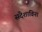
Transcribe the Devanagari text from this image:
संदेशाविना